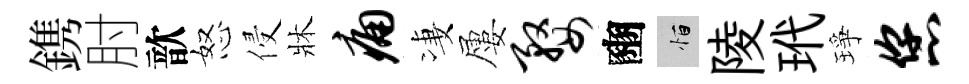
鎸肘歆怒侵牀痛凄屢婺豳恒陵玳琤您